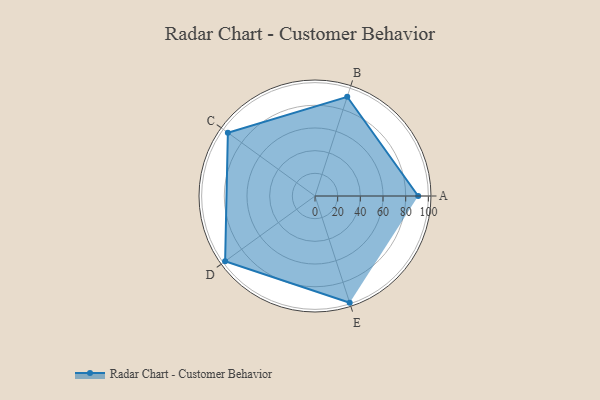
{"axis": {"x": "Skill", "y": "Score"}, "legend": ["Profile"], "data": [{"x": "A", "y": 91.0, "type": "Profile"}, {"x": "B", "y": 92.0, "type": "Profile"}, {"x": "C", "y": 95.0, "type": "Profile"}, {"x": "D", "y": 98.0, "type": "Profile"}, {"x": "E", "y": 99.0, "type": "Profile"}]}